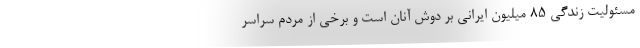
مسئولیت زندگی 85 میلیون ایرانی بر دوش آنان است و برخی از مردم سراسر